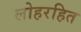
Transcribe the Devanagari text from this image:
लोहरहित